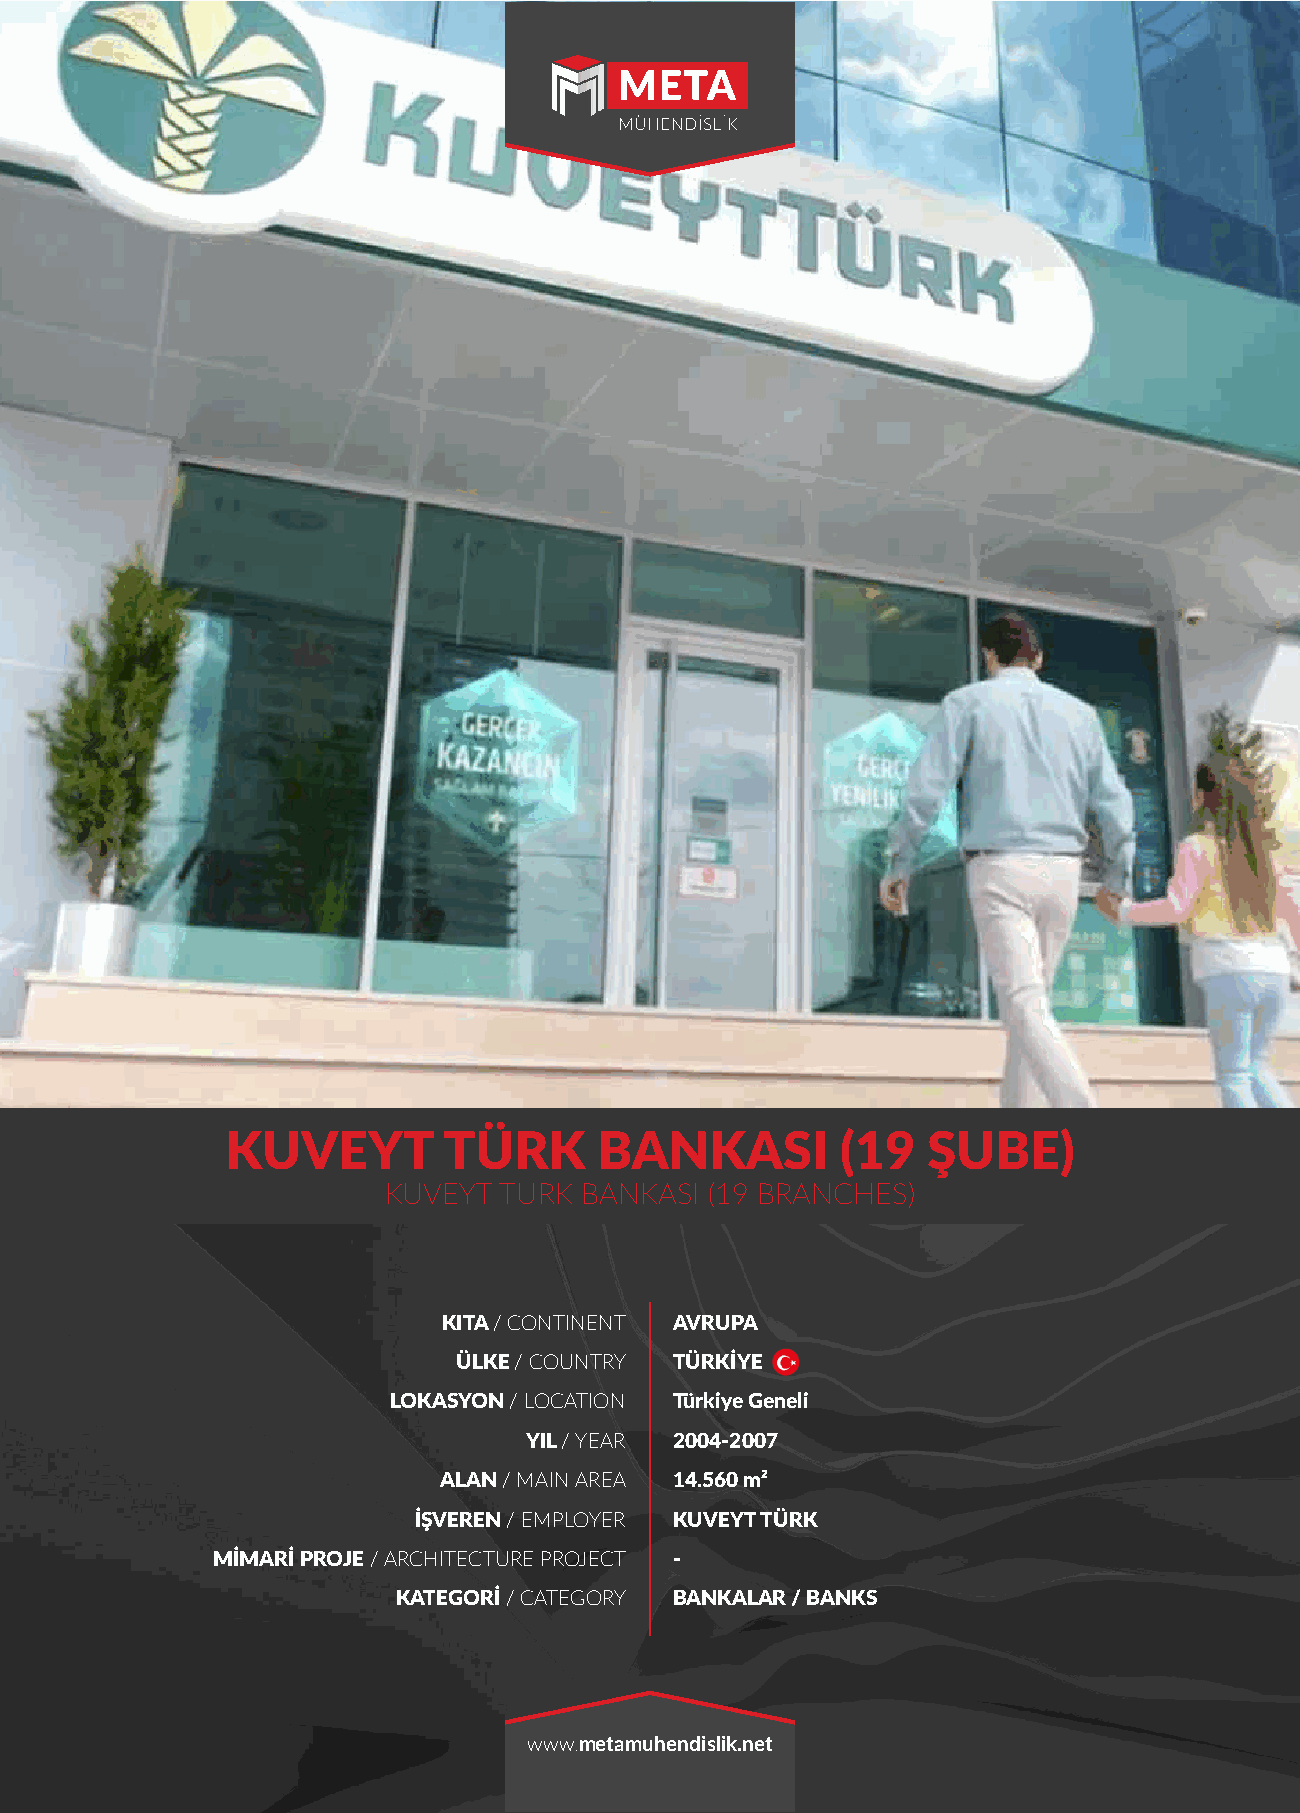
KUVEYT        TÜRK       BANKASI         (19  ŞUBE)
 KUVEYT  TURK BANKASI  (19 BRANCHES)
 KITA / CONTINENT AVRUPA
 ÜLKE / COUNTRY TÜRKİYE
 LOKASYON / LOCATION Türkiye Geneli
 YIL / YEAR 2004-2007
 ALAN / MAIN AREA 14.560 m²
 İŞVEREN / EMPLOYER KUVEYT TÜRK
 MİMARİ PROJE / ARCHITECTURE PROJECT -
 KATEGORİ / CATEGORY BANKALAR / BANKS
 www.metamuhendislik.net